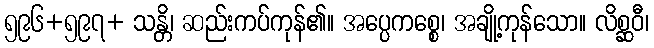
၅၉၆+၅၉၇+ သန္တိ၊ ဆည်းကပ်ကုန်၏။ အပ္ပေကစ္စေ၊ အချို့ကုန်သော။ လိစ္ဆဝီ၊